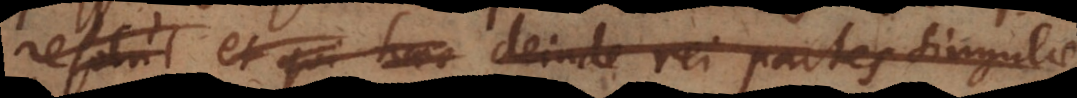
resolut et qui haec; deinde rei partes singulae,